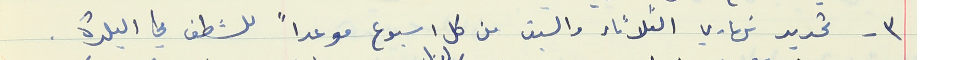
٣ - تحديد نهاري الثلاثاء والسبت من كل اسبوع موعداً للشطف في البلدة .